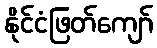
နိုင်ငံဖြတ်ကျော်